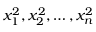
x _ { 1 } ^ { 2 } , x _ { 2 } ^ { 2 } , \ldots , x _ { n } ^ { 2 }